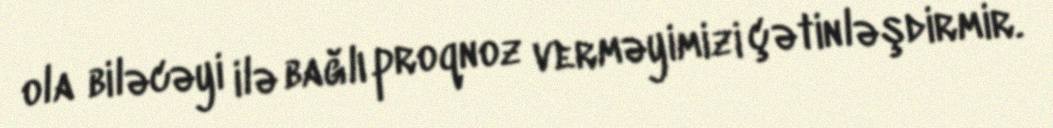
ola biləcəyi ilə bağlı proqnoz verməyimizi çətinləşdirmir.